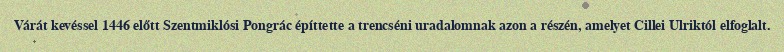
Várát kevéssel 1446 előtt Szentmiklósi Pongrác építtette a trencséni uradalomnak azon a részén, amelyet Cillei Ulriktól elfoglalt.